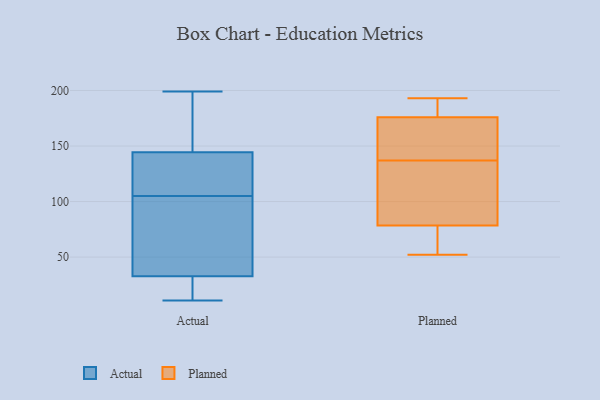
{"axis": {"x": "Latency (ms)", "y": "Value"}, "legend": ["Actual", "Planned"], "data": [{"x": "", "y": 36, "type": "Actual"}, {"x": "", "y": 20, "type": "Actual"}, {"x": "", "y": 165, "type": "Actual"}, {"x": "", "y": 199, "type": "Actual"}, {"x": "", "y": 104, "type": "Actual"}, {"x": "", "y": 164, "type": "Actual"}, {"x": "", "y": 23, "type": "Actual"}, {"x": "", "y": 105, "type": "Actual"}, {"x": "", "y": 132, "type": "Actual"}, {"x": "", "y": 119, "type": "Actual"}, {"x": "", "y": 122, "type": "Actual"}, {"x": "", "y": 17, "type": "Actual"}, {"x": "", "y": 36, "type": "Actual"}, {"x": "", "y": 182, "type": "Actual"}, {"x": "", "y": 81, "type": "Actual"}, {"x": "", "y": 11, "type": "Actual"}, {"x": "", "y": 138, "type": "Actual"}, {"x": "", "y": 62, "type": "Planned"}, {"x": "", "y": 187, "type": "Planned"}, {"x": "", "y": 52, "type": "Planned"}, {"x": "", "y": 150, "type": "Planned"}, {"x": "", "y": 73, "type": "Planned"}, {"x": "", "y": 99, "type": "Planned"}, {"x": "", "y": 84, "type": "Planned"}, {"x": "", "y": 169, "type": "Planned"}, {"x": "", "y": 193, "type": "Planned"}, {"x": "", "y": 175, "type": "Planned"}, {"x": "", "y": 124, "type": "Planned"}, {"x": "", "y": 177, "type": "Planned"}]}